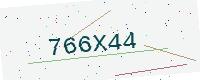
Text: 766X44